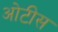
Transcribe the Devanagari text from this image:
ओटीस